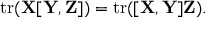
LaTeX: \operatorname { t r } ( \mathbf { X } [ \mathbf { Y } , \mathbf { Z } ] ) = \operatorname { t r } ( [ \mathbf { X } , \mathbf { Y } ] \mathbf { Z } ) .